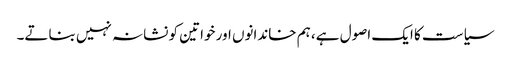
سیاست کا ایک اصول ہے، ہم خاندانوں اور خواتین کو نشانہ نہیں بناتے۔